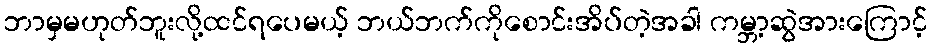
ဘာမှမဟုတ်ဘူးလို့ထင်ရပေမယ့် ဘယ်ဘက်ကိုစောင်းအိပ်တဲ့အခါ ကမ္ဘာ့ဆွဲအားကြောင့်